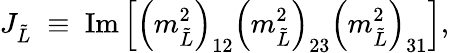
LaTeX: J_{\tilde{L}}\; \equiv\; \mathrm{Im}\left[\left(m_{\tilde{L}}^{2}\right)_{12}\left(m_{\tilde{L}}^{2}\right)_{23}\left(m_{\tilde{L}}^{2}\right)_{31}\right],